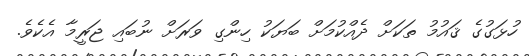
ހުޅަގުގެ ޤައުމު ތަކަށް ދެއްކުމަށް ބަޔަކު ހިންގި ވަރަށް ނުބައި ޖަރީމާ އެކެވެ.